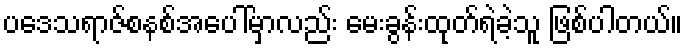
ပဒေသရာဇ်စနစ်အပေါ်မှာလည်း မေးခွန်းထုတ်ရဲခဲ့သူ ဖြစ်ပါတယ်။